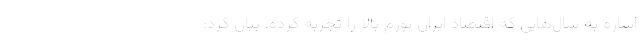
اشاره به سال‌هایی که اقتصاد ایران تورم بالا را تجربه کرده، بیان کرد: